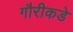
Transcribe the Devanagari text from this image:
गौरीकडे